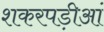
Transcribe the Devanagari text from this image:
शकरपड़ीआं